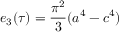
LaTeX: e _ { 3 } ( \tau ) = { \frac { \pi ^ { 2 } } { 3 } } ( a ^ { 4 } - c ^ { 4 } )